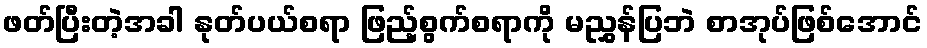
ဖတ်ပြီးတဲ့အခါ နုတ်ပယ်စရာ ဖြည့်စွက်စရာကို မညွှန်ပြဘဲ စာအုပ်ဖြစ်အောင်